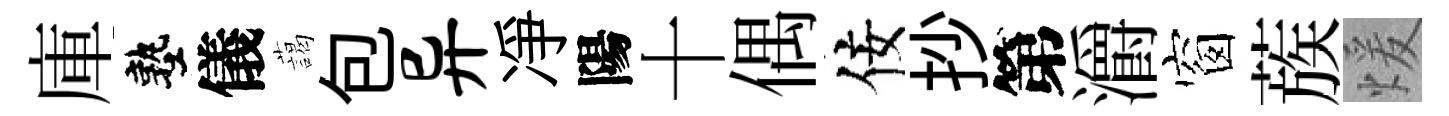
庫塾儀藹包异凈陽十偶佞抄第灂窗蔟煖